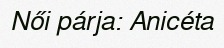
Női párja: Anicéta